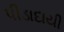
પીડાદાયી